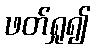
ဖတ်ရှု၍